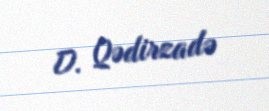
D. Qədirzadə